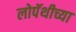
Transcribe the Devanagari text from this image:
लोपॅथीच्या